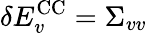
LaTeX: \delta E_{v}^{\mathrm{CC}}=\Sigma_{vv}